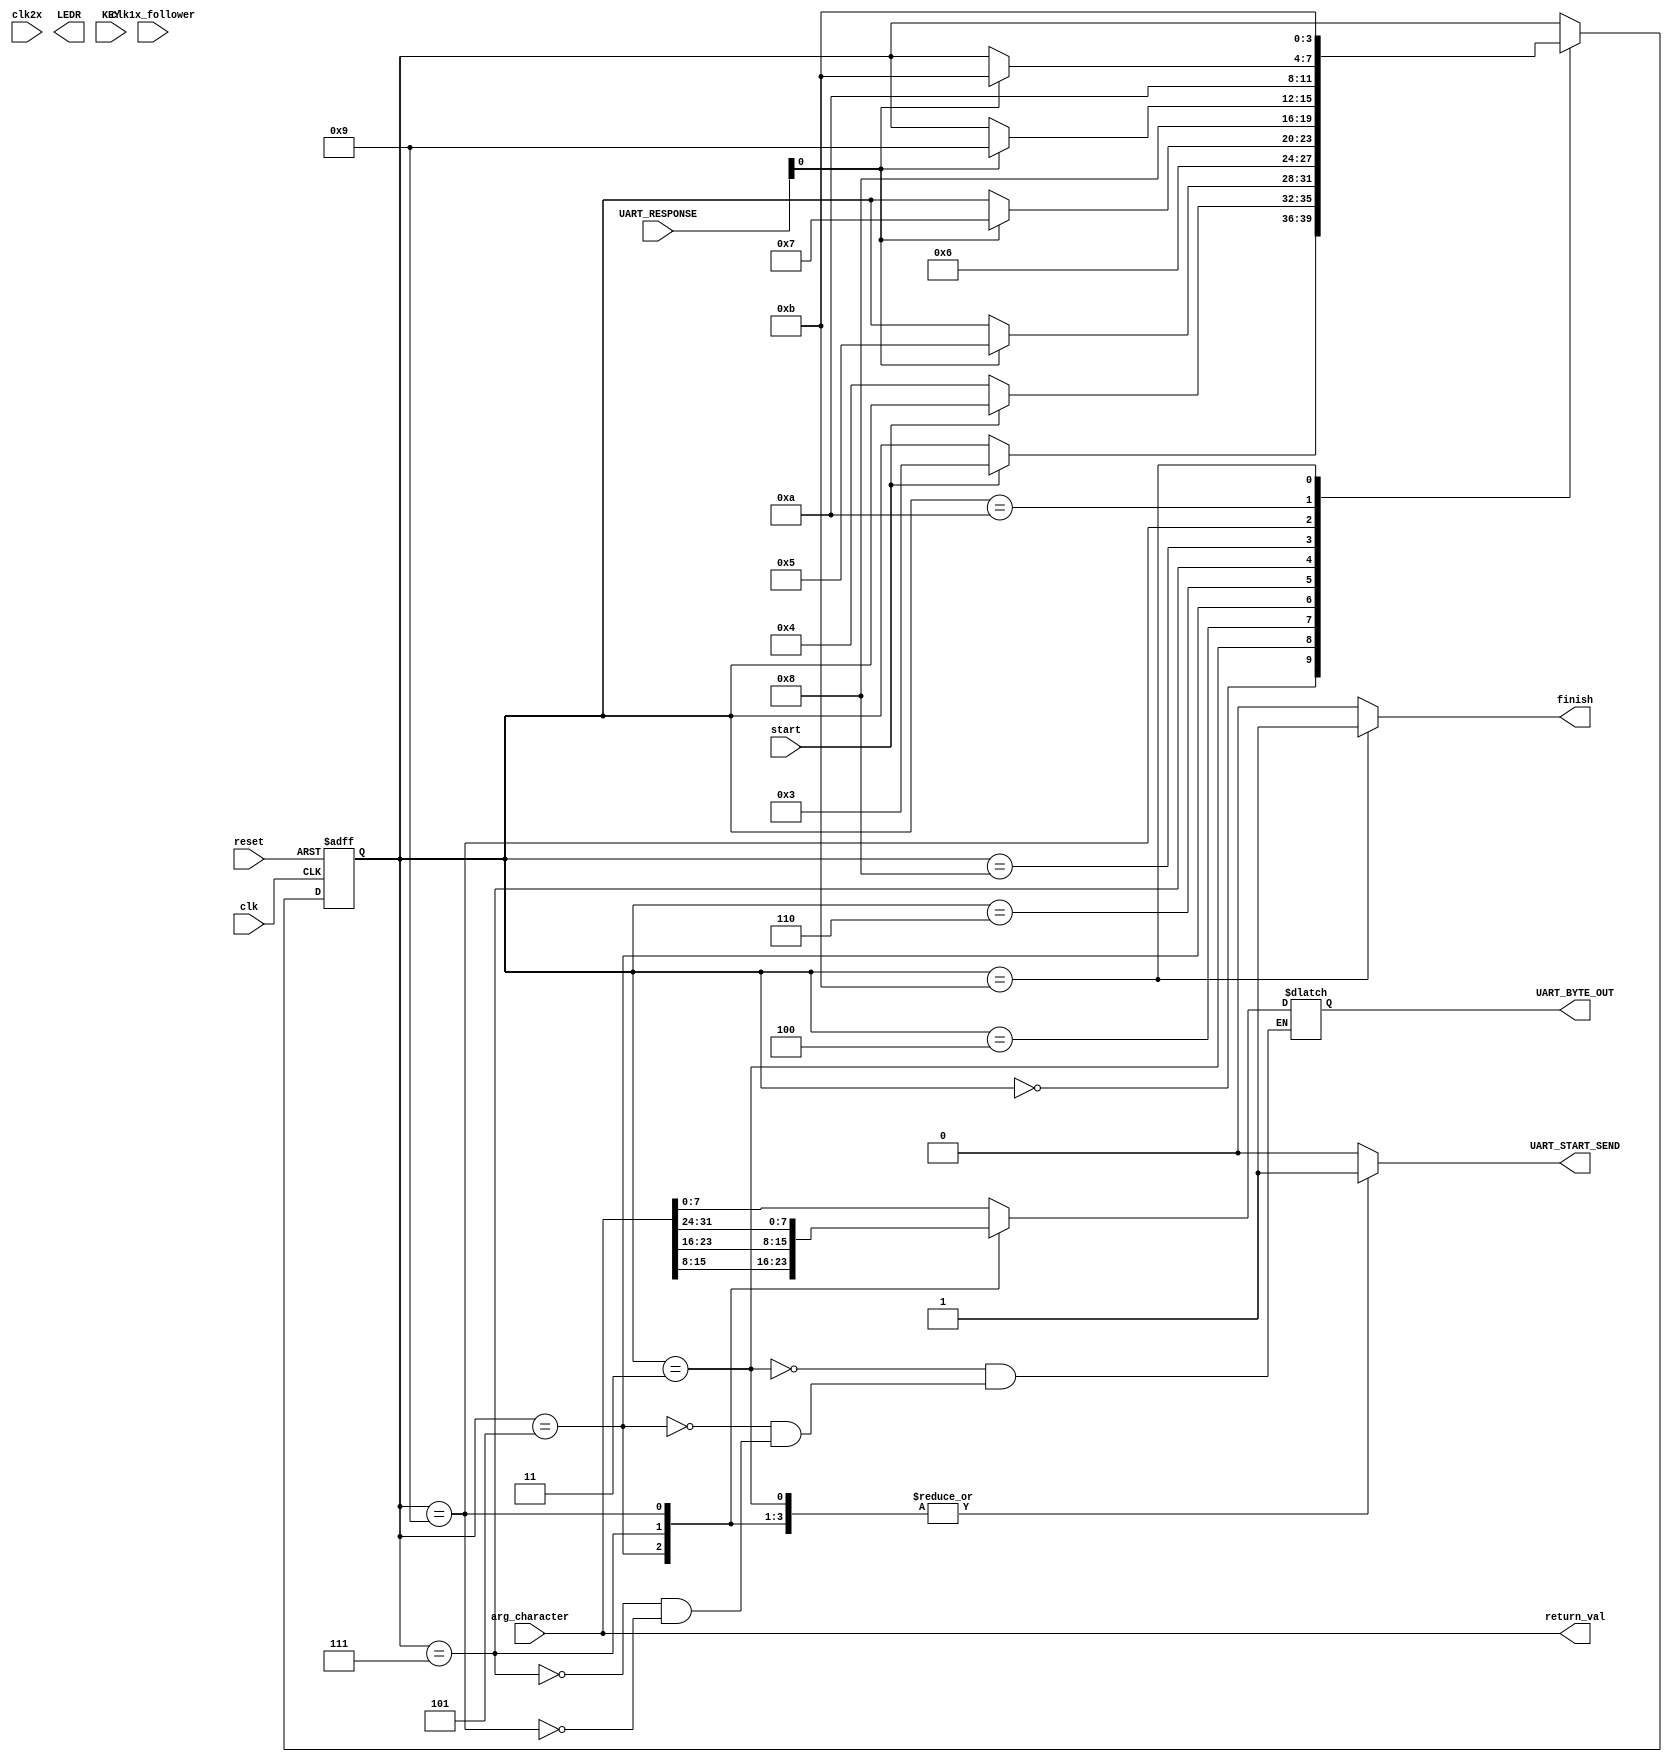
// Verilog Standard I/O

module boardPutChar
  (
   clk,
   clk2x,
   clk1x_follower,
   reset,
   start,
   UART_BYTE_OUT,
   UART_START_SEND,
   UART_RESPONSE,
   LEDR,
   KEY,
   arg_character,
   finish,
   return_val
   );
   
   input  clk;
   input  clk2x;
   input  clk1x_follower;
   input  reset;
   input  start;
   input [3:0] KEY;
   output [17:0] LEDR;
   output reg [7:0] UART_BYTE_OUT;
   output reg	    UART_START_SEND;
   input [1:0] 	    UART_RESPONSE;
   input [31:0]     arg_character;
   output reg 	    finish;
   output [31:0]    return_val;
   
   parameter [3:0] idle = 4'h0;
   parameter [3:0] run = 4'h1;
   parameter [3:0] send_byte_0 = 4'h3;
   parameter [3:0] sending_byte_0 = 4'h4;
   parameter [3:0] send_byte_1 = 4'h5;
   parameter [3:0] sending_byte_1 = 4'h6;
   parameter [3:0] send_byte_2 = 4'h7;
   parameter [3:0] sending_byte_2 = 4'h8;
   parameter [3:0] send_byte_3 = 4'h9;
   parameter [3:0] sending_byte_3 = 4'ha;
   parameter [3:0] finished = 4'hb;
   
   reg [3:0] 	state;

   assign return_val = arg_character;
   
   always @(posedge clk or posedge reset) begin
      if (reset) begin
	 state <= idle;
      end
      else begin
	 case (state)
	   idle: if (start) state <= send_byte_0;
	   send_byte_0: if (~start) state <= sending_byte_0;
	   sending_byte_0: if (UART_RESPONSE[0]) state <= send_byte_1;
	   send_byte_1: state <= sending_byte_1;
	   sending_byte_1: if (UART_RESPONSE[0]) state <= send_byte_2;
	   send_byte_2: state <= sending_byte_2;
	   sending_byte_2: if (UART_RESPONSE[0]) state <= send_byte_3;
	   send_byte_3: state <= sending_byte_3;
	   sending_byte_3: if (UART_RESPONSE[0]) state <= finished; 
	   finished: state <= finished;
	 endcase
      end
   end
   
   always @(*) begin
      finish = 0;
      case (state)
	send_byte_0: begin
	   UART_BYTE_OUT = arg_character[7:0];
	   UART_START_SEND = 1;
	end
	send_byte_1: begin
	   UART_BYTE_OUT = arg_character[15:8];
	   UART_START_SEND = 1;
	end
	send_byte_2: begin
	   UART_BYTE_OUT = arg_character[23:16];
	   UART_START_SEND = 1;
	end
	send_byte_3: begin
	   UART_BYTE_OUT = arg_character[31:24];
	   UART_START_SEND = 1;
	end
	finished: begin
	   finish = 1;
	   UART_START_SEND = 0;
	end
	default: UART_START_SEND = 0;
      endcase
   end

   assign LEDR[11] = UART_RESPONSE;
   assign LEDR[12] = UART_START_SEND;
   assign LEDR[13] = start;
   assign LEDR[17:14] = state;

endmodule 


module boardGetChar
  (
   clk,
   clk2x,
   clk1x_follower,
   reset,
   start,
   UART_BYTE_IN,
   UART_START_RECEIVE,
   UART_RESPONSE,
   LEDR,
   KEY,
   finish,
   return_val
   );
   
   input  clk;
   input  clk2x;
   input  clk1x_follower;
   input  reset;
   input  start;
   input [3:0] KEY;
   output [17:0] LEDR;
   input [7:0] 	 UART_BYTE_IN;
   output reg 	 UART_START_RECEIVE;
   input [1:0] 	 UART_RESPONSE;
   output reg 	 finish;
   output reg [31:0] return_val;
   
   parameter [1:0] idle = 2'b00;
   parameter [1:0] receive_byte_0 = 2'b01;
   parameter [1:0] receiving_byte_0 = 2'b10;
   parameter [1:0] finished = 2'b11;

   reg [1:0] 	state;
   
   always @(posedge clk or posedge reset) begin
      if (reset) begin
	 state <= idle;
      end
      else begin
	 case (state)
	   idle: if (start) state <= receive_byte_0;
	   receive_byte_0: if (~start) state <= receiving_byte_0;
	   receiving_byte_0: if (UART_RESPONSE[1]) state <= finished;
	   finished: state <= finished;
	 endcase
      end
   end
   
   always @(*) begin
      finish = 0;
      case (state)
        receive_byte_0: begin
	   UART_START_RECEIVE = 1;
	end
	finished: begin
	   finish = 1;
	   UART_START_RECEIVE = 0;
	   return_val = UART_BYTE_IN;
	end
	default: UART_START_RECEIVE = 0;
      endcase
   end

endmodule